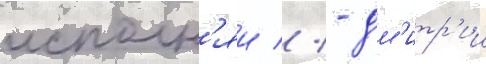
исполн'яи // - дм'итр'ии